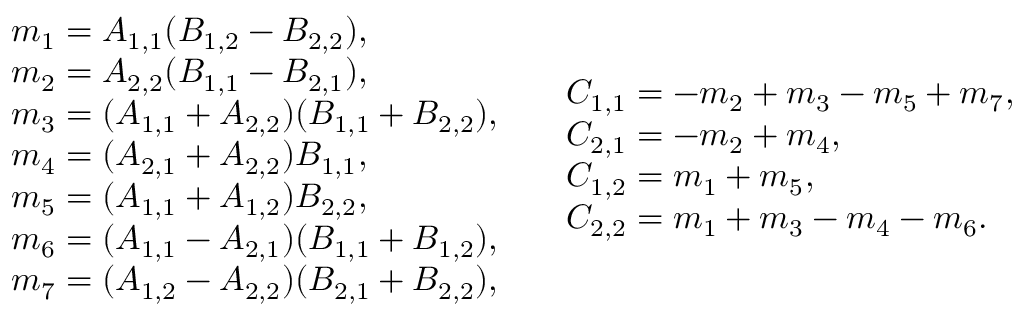
\begin{array} { c c } { \begin{array} { l } { m _ { 1 } = A _ { 1 , 1 } ( B _ { 1 , 2 } - B _ { 2 , 2 } ) , } \\ { m _ { 2 } = A _ { 2 , 2 } ( B _ { 1 , 1 } - B _ { 2 , 1 } ) , } \\ { m _ { 3 } = ( A _ { 1 , 1 } + A _ { 2 , 2 } ) ( B _ { 1 , 1 } + B _ { 2 , 2 } ) , } \\ { m _ { 4 } = ( A _ { 2 , 1 } + A _ { 2 , 2 } ) B _ { 1 , 1 } , } \\ { m _ { 5 } = ( A _ { 1 , 1 } + A _ { 1 , 2 } ) B _ { 2 , 2 } , } \\ { m _ { 6 } = ( A _ { 1 , 1 } - A _ { 2 , 1 } ) ( B _ { 1 , 1 } + B _ { 1 , 2 } ) , } \\ { m _ { 7 } = ( A _ { 1 , 2 } - A _ { 2 , 2 } ) ( B _ { 2 , 1 } + B _ { 2 , 2 } ) , } \end{array} } & { \begin{array} { l } { C _ { 1 , 1 } = - m _ { 2 } + m _ { 3 } - m _ { 5 } + m _ { 7 } , } \\ { C _ { 2 , 1 } = - m _ { 2 } + m _ { 4 } , } \\ { C _ { 1 , 2 } = m _ { 1 } + m _ { 5 } , } \\ { C _ { 2 , 2 } = m _ { 1 } + m _ { 3 } - m _ { 4 } - m _ { 6 } . } \end{array} } \end{array}